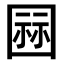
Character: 𭍫